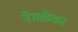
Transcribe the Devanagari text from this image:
नेमळेकर